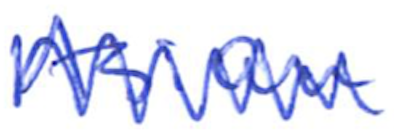
Text: Asian
Cross-out: zig-zag
Writing tool: ballpoint